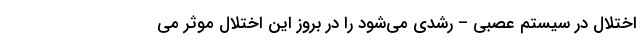
اختلال در سیستم عصبی – رشدی می‌شود را در بروز این اختلال موثر می‌